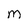
Character: M